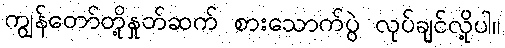
ကျွန်တော်တို့နှုတ်ဆက် စားသောက်ပွဲ လုပ်ချင်လို့ပါ။